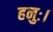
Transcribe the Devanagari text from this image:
हनुः।